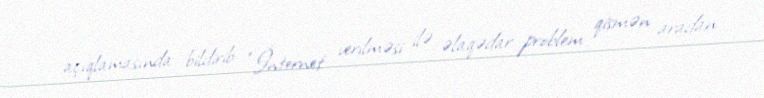
açıqlamasında bildirib: “İnternet verilməsi ilə əlaqədar problem qismən aradan